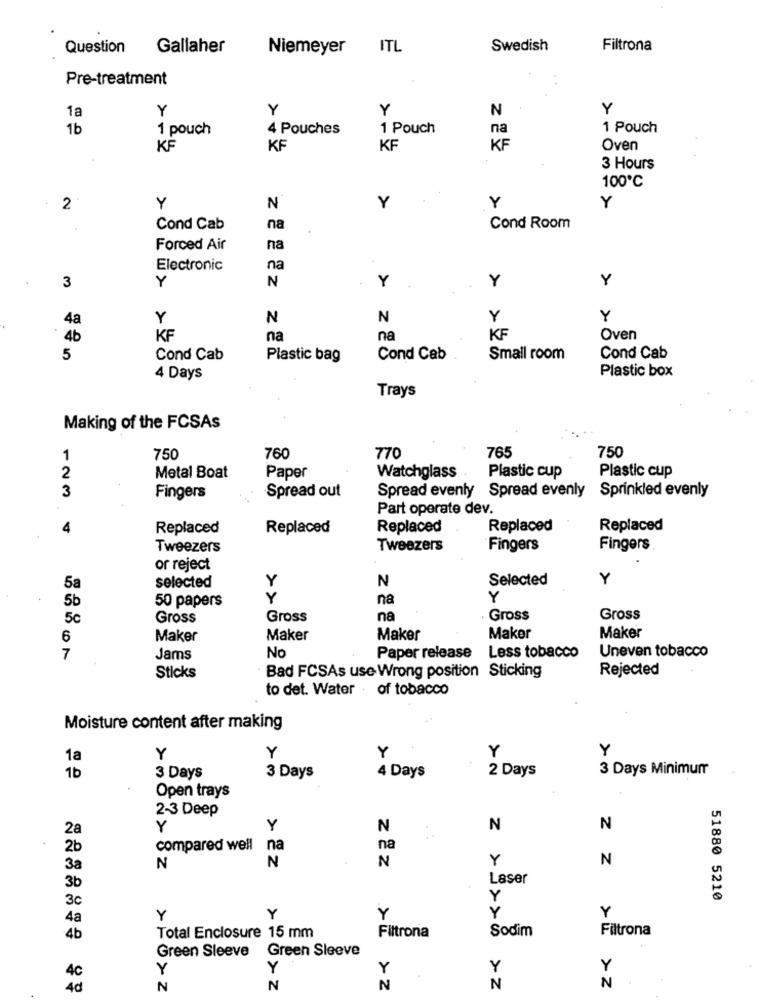
Question
Gallaher
Niemeyer
ITL
Swedish
Filtrona
Pre-treatment
1a
Y
Y
Y
N
Y
1b
1 pouch
4 Pouches
1 Pouch
na
1 Pouch
KF
KF
KF
KF
Oven
3 Hours
100℃
Y
2
Y
N
Y
Y
Cond Cab
na
Cond Room
Forced Air
na
Electronic
na
3
Y
N
Y
Y
Y
4a
Y
N
N
Y
Y
4b
KF
na
na
KF
Oven
5
Cond Cab
Plastic bag
Cond Cab
Small room
Cond Cab
Plastic box
4 Days
Trays
Making of the FCSAs
765
750
1
750
760
770
2
Metal Boat
Paper
Watchglass
Plastic cup
Plastic cup
3
Spread out
Spread evenly Spread evenly
Sprinkled evenly
Fingers
Part operate dev.
4
Replaced
Replaced
Replaced
Replaced
Replaced
Tweezers
Tweezers
Fingers
Fingers
or reject
Y
N
Selected
Y
5a
selected
5b
50 papers
Y
na
Y
5c
Gross
Gross
na
Gross
Gross
6
Maker
Maker
Maker
Maker
Maker
Uneven tobacco
7
Jams
No
Paper release
Less tobacco
Bad FCSAs use Wrong position Sticking
Rejected
Sticks
to det. Water of tobacco
Moisture content after making
Y
Y
Y
Y
1a
Y
4 Days
2 Days
3 Days Minimum
1b
3 Days
3 Days
Open trays
2-3 Deep
2a
Y
Y
N
N
N
2b
compared well
na
na
N
N
Y
N
3a
N
Laser
3b
3c
Y
51880 5210
Y
4a
Y
Y
Y
Y
Filtrona
Sodim
Filtrona
4b
Total Enclosure 15 mm
Green Sleeve Green Sleeve
4c
Y
Y
Y
Y
Y
4d
N
N
N
N
N